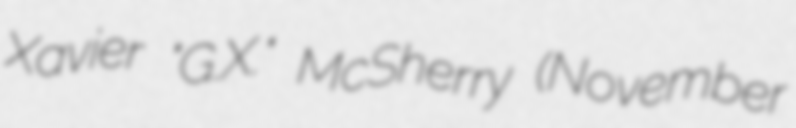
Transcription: Xavier "G.X." McSherry (November